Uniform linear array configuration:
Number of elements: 8
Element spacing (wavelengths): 1
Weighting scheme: hann
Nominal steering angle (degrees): -15
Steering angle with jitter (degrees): -16.806
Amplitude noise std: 0.05
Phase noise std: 0.05

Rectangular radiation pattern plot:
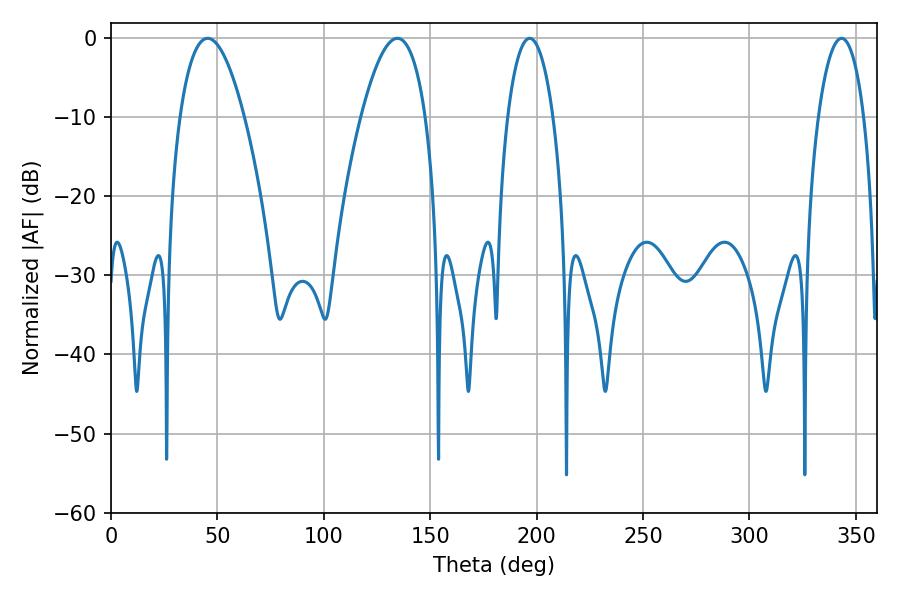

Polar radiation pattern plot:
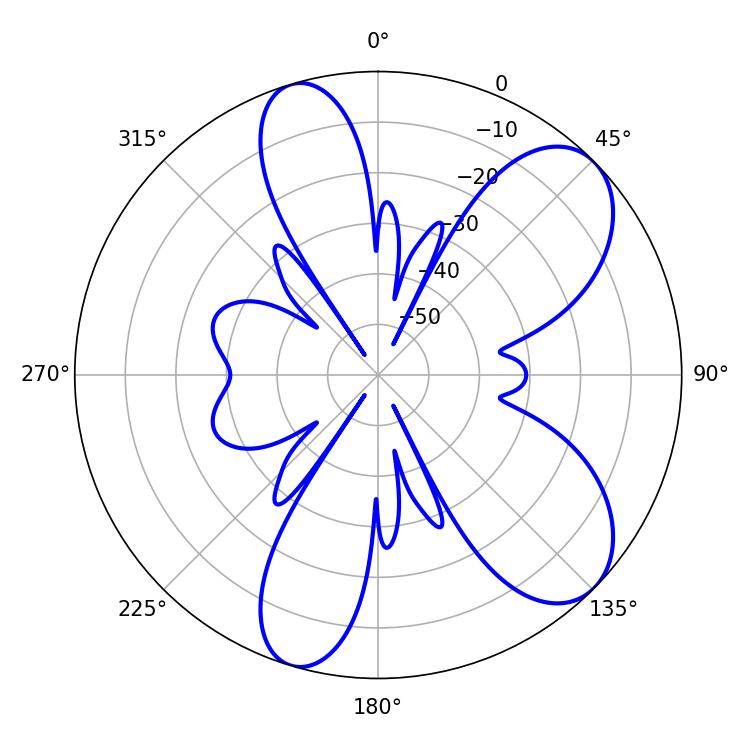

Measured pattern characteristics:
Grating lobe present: TRUE
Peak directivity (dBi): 7.963
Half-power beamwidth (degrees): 12.06
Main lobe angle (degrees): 196.74